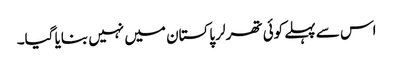
اس سے پہلے کوئی تھرلر پاکستان میں نہیں بنایا گیا۔